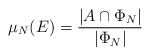
\begin{align*}\mu_N(E)= \dfrac{|A \cap \Phi_N|}{|\Phi_N|}\end{align*}